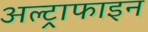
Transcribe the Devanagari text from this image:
अल्ट्राफाइन